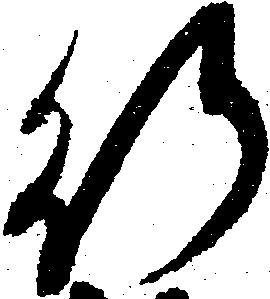
行